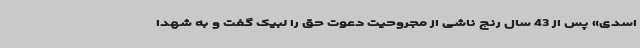
اسدی» پس از 43 سال رنج ناشی از مجروحیت دعوت حق را لبیک گفت و به شهدا